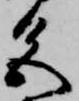
色